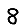
Digit: 8